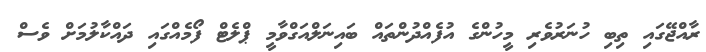
ރާއްޖޭގައި ތިބި ހުނަރުވެރި މީހުންގެ އުފެއްދުންތައް ބައިނަލްއަގްވާމީ ޕްލެޓް ފޯމެއްގައި ދައްކާލުމަށް ވެސް